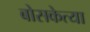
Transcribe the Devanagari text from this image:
बोसकेत्या